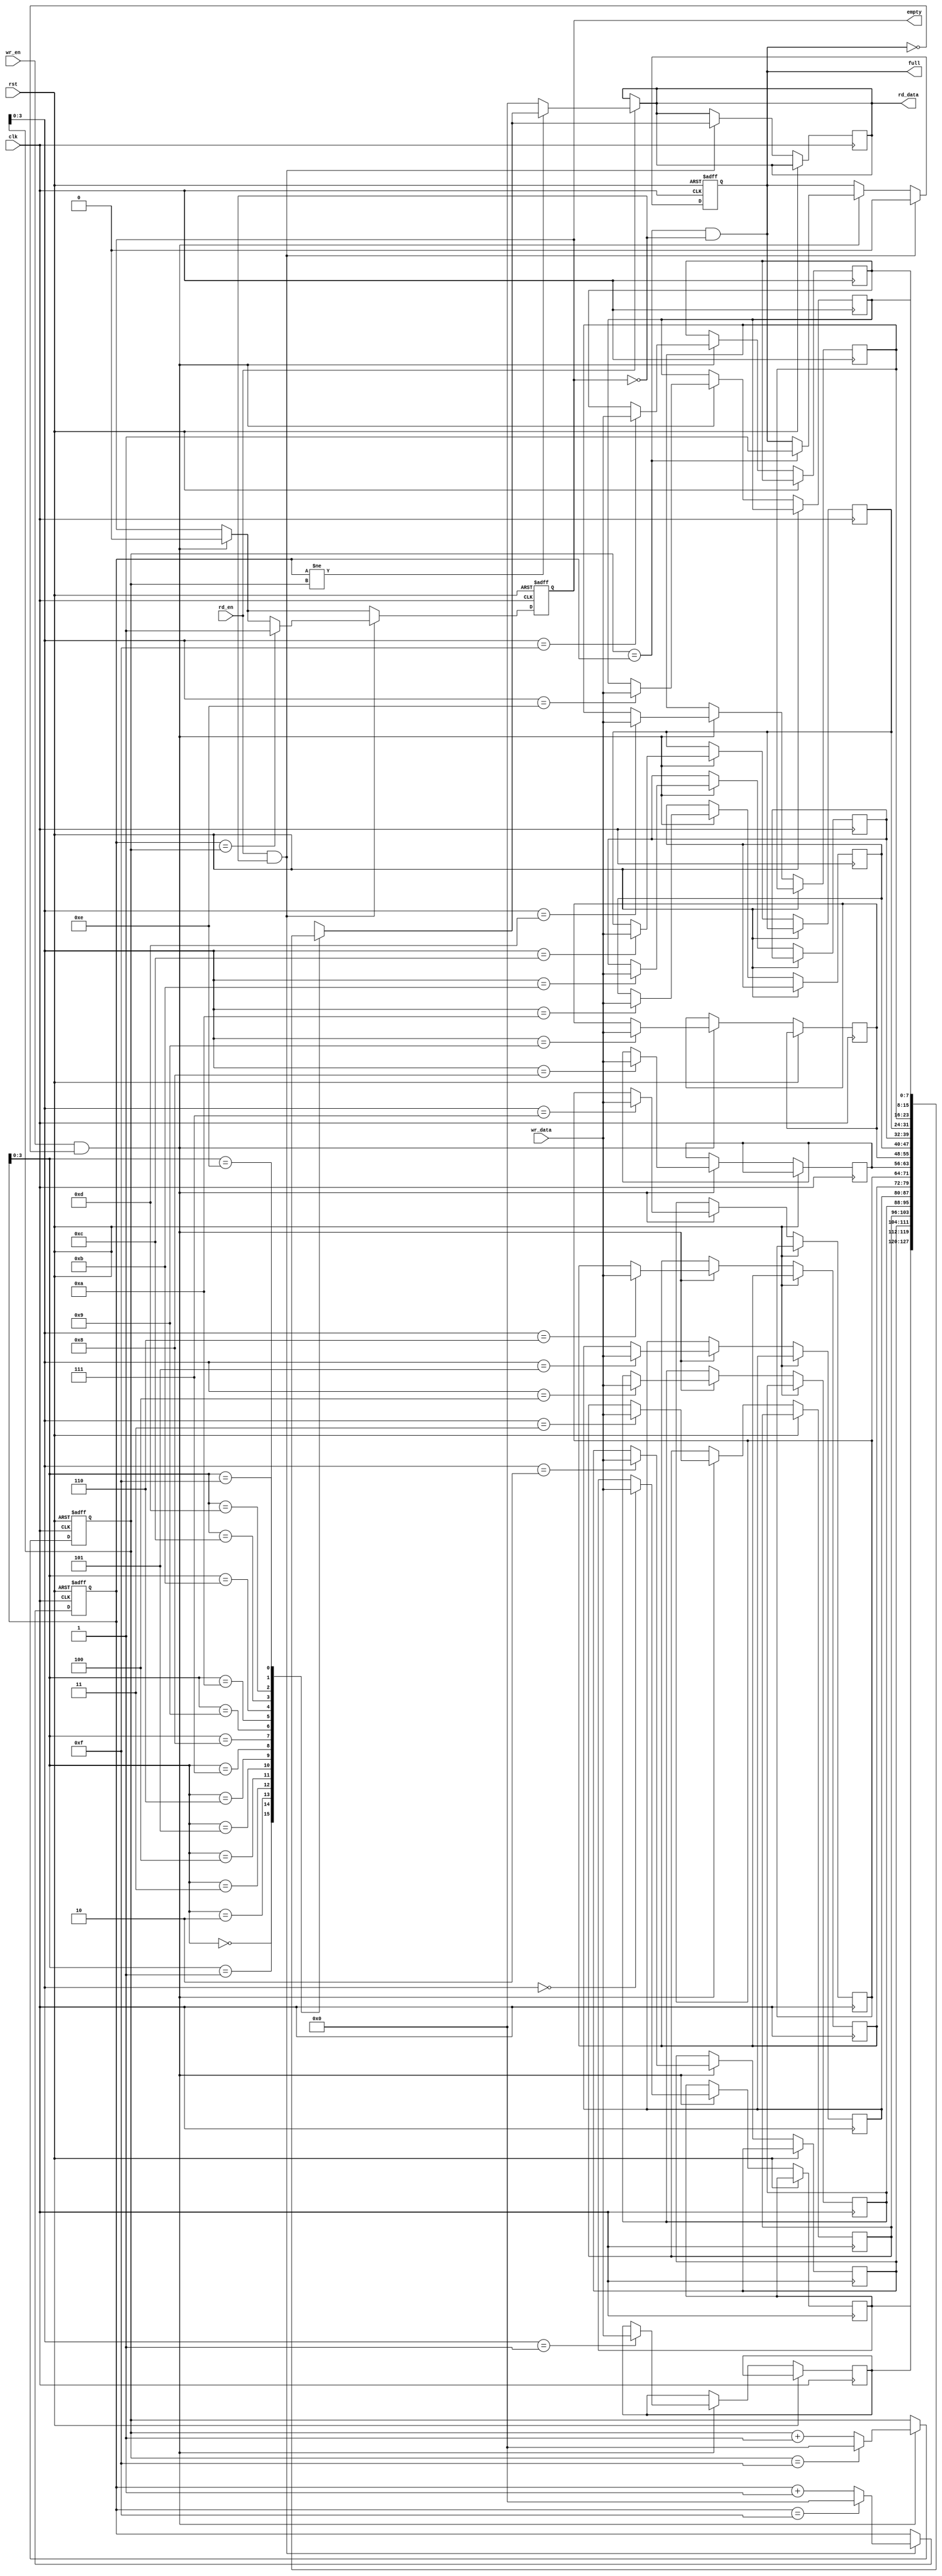
module fifo #(parameter DATA_WIDTH = 8, parameter DEPTH = 16)(
    input wire clk,
    input wire rst,
    input wire wr_en,
    input wire [DATA_WIDTH-1:0] wr_data,
    output wire [DATA_WIDTH-1:0] rd_data,
    input wire rd_en,
    output wire empty,
    output wire full
);

reg [DATA_WIDTH-1:0] fifo_mem [DEPTH-1:0];
reg [DATA_WIDTH-1:0] read_ptr;
reg [DATA_WIDTH-1:0] write_ptr;

wire [DATA_WIDTH-1:0] fifo_data_out;

always @ (posedge clk or posedge rst)
begin
    if (rst)
    begin
        read_ptr <= 0;
        write_ptr <= 0;
        empty <= 1;
        full <= 0;
    end
    else
    begin
        if (wr_en && !full)
        begin
            fifo_mem[write_ptr] <= wr_data;
            write_ptr <= write_ptr + 1;
            if (write_ptr == DEPTH - 1)
                write_ptr <= 0;
            if (write_ptr == read_ptr)
                full <= 1;
            empty <= 0;
        end

        if (rd_en && !empty)
        begin
            rd_data <= fifo_mem[read_ptr];
            read_ptr <= read_ptr + 1;
            if (read_ptr == DEPTH - 1)
                read_ptr <= 0;
            if (read_ptr == write_ptr)
                empty <= 1;
            full <= 0;
        end
    end
end

assign full = (write_ptr == read_ptr) && !empty;
assign fifo_data_out = (read_ptr != write_ptr) ? fifo_mem[read_ptr] : 0;
assign rd_data = rd_en ? fifo_data_out : rd_data;

endmodule